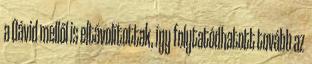
a Dávid mellől is eltávolí­tottak, így folytatódhatott tovább az